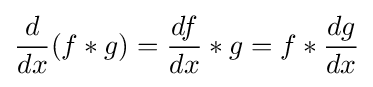
{\frac {d}{dx}}(f*g)={\frac {df}{dx}}*g=f*{\frac {dg}{dx}}